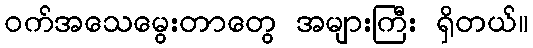
၀က်အသေမွေးတာတွေ အများကြီး ရှိတယ်။